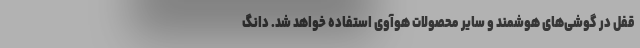
قفل در گوشی‌های هوشمند و سایر محصولات هوآوی استفاده خواهد شد. دانگ